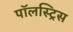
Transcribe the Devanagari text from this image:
पॉलस्ट्रिस